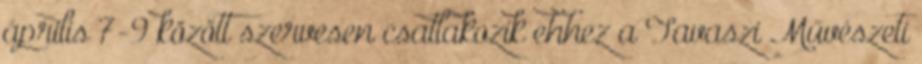
április 7-9 között szervesen csatlakozik ehhez a Tavaszi Művészeti